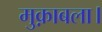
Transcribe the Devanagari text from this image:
मुक़ाबला।